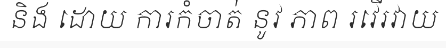
និង ដោយ ការកំចាត់ នូវ ភាព រវើរវាយ